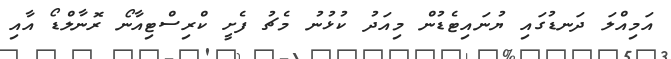
އަމިއްލަ ދަނޑުގައި ޔުނައިޓެޑުން މިއަދު ކުޅުނު މެޗު ފެށީ ކްރިސްޓިއާނޯ ރޮނާލްޑޯ އާއި